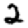
Digit: 2